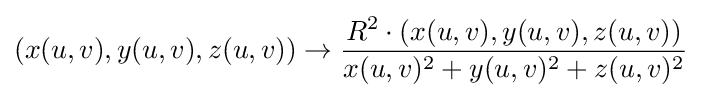
(x(u,v),y(u,v),z(u,v))\rightarrow {\frac {R^{2}\cdot (x(u,v),y(u,v),z(u,v))}{x(u,v)^{2}+y(u,v)^{2}+z(u,v)^{2}}}\